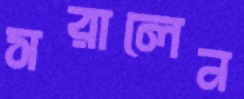
সরালেন